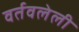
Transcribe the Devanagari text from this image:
वर्तवलेली